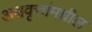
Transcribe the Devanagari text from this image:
अक्षवृत्तांमधील